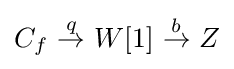
C_{f}{\stackrel {q}{\ \to \ }}W[1]{\stackrel {b}{\ \to \ }}Z